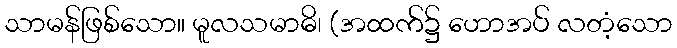
သာမန်ဖြစ်သော။ မူလသမာဓိ၊ (အထက်၌ ဟောအပ် လတံ့သော